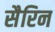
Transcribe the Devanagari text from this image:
सैरिन